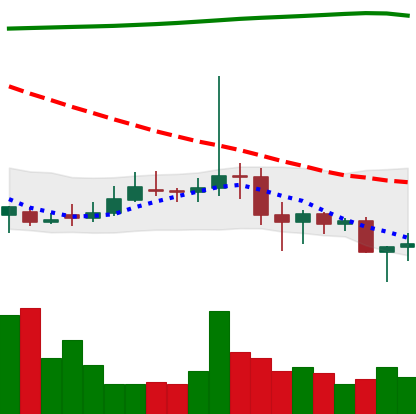
Ticker: DOGE-USD
Chart end date: 2020-11-04
Forward return: 5.409%
Label: up_5_7